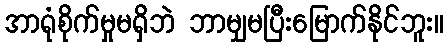
အာရုံစိုက်မှုမရှိဘဲ ဘာမျှမပြီးမြောက်နိုင်ဘူး။